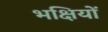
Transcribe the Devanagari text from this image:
भक्षियों